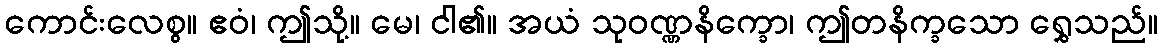
ကောင်းလေစွ။ ဧဝံ၊ ဤသို့။ မေ၊ ငါ၏။ အယံ သုဝဏ္ဏနိက္ခော၊ ဤတနိက္ခသော ရွှေသည်။